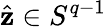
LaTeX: {\hat{\mathbf{z}}}\in S^{q-1}